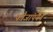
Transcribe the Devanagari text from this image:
फौजांपर्यंत